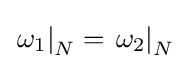
\left.\omega _{1}\right|_{N}=\left.\omega _{2}\right|_{N}